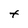
Character: t